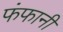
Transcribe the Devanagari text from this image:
फंफानी